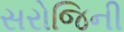
સરોજિની